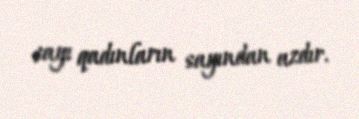
sayı qadınların sayından azdır.